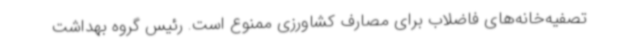
تصفیه‌خانه‌های فاضلاب برای مصارف کشاورزی ممنوع است. رئیس گروه بهداشت